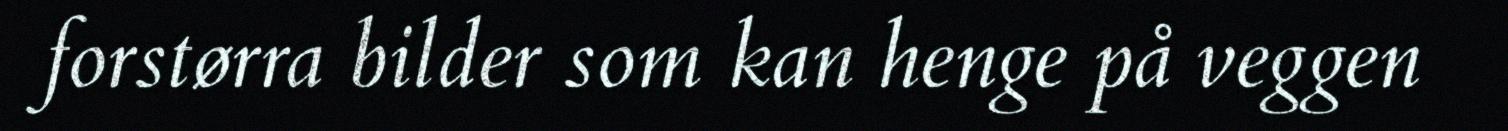
forstørra bilder som kan henge på veggen